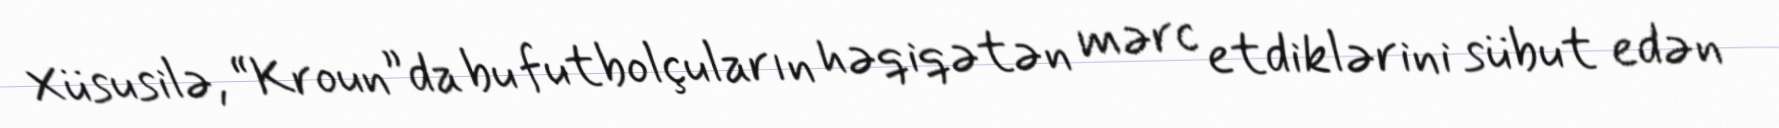
Xüsusilə, “Kroun”da bu futbolçuların həqiqətən mərc etdiklərini sübut edən